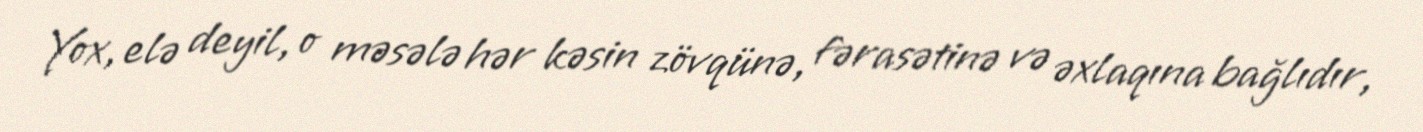
Yox, elə deyil, o məsələ hər kəsin zövqünə, fərasətinə və əxlaqına bağlıdır,